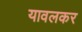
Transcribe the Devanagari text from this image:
यावलकर